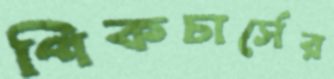
পিকচার্সের